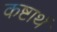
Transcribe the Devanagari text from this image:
कष्टार्थ